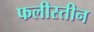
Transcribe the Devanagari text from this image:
फलीस्‍तीन